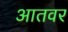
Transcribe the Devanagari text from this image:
आतवर